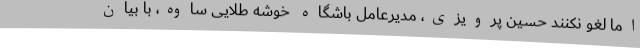
اما لغو نکنند حسین پرویزی، مدیرعامل باشگاه خوشه طلایی ساوه، با بیان